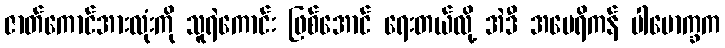
ဇာတ်ကောင်အားလုံးကို သူရဲကောင်း ဖြစ်အောင် ရေးတယ်လို့ အဲဒီ အမေရိကန် ပါမောက္ခက